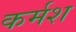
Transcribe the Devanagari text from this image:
कर्मश